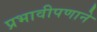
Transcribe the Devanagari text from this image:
प्रभावीपणाने